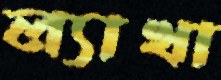
ল্যাখা